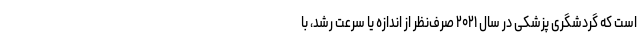
است که گردشگری پزشکی در سال ۲۰۲۱ صرف‌نظر از اندازه یا سرعت رشد، با